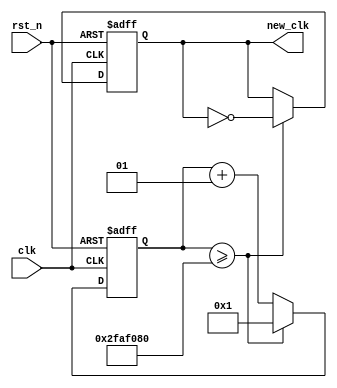
module watchmaker(
    output reg new_clk,
    input clk,
    input rst_n
);

parameter RATIO = 100_000_000,  // V10 = 10MHz
          HALF_RATIO = RATIO / 2;

integer counter = 1;

always @(posedge clk, negedge rst_n) begin
    if (!rst_n) begin
        counter <= 1;
        new_clk <= 1;
    end else if (counter >= HALF_RATIO) begin
        counter <= 1;
        new_clk <= ~new_clk;
    end else begin
        counter <= counter + 1;
    end
end

endmodule